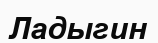
Ладыгин